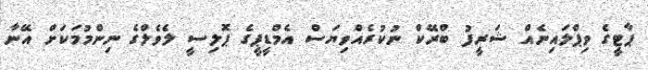
ޕާޓީގެ ވިޕްލައިނެއް ޝަރީފު ބްރޭކް ނުކުރެއްވިޔަސް އެމްޑީޕީގެ ޕޮލިސީ ލެވެލްގެ ނިންމުމަކަށް އޭނާ